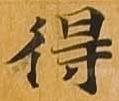
得